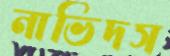
নাভিদস